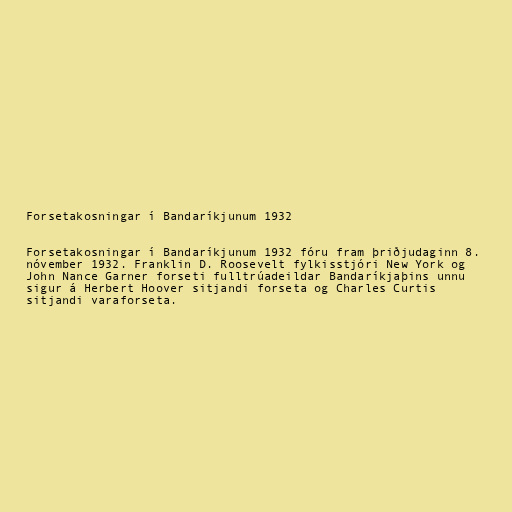
Forsetakosningar í Bandaríkjunum 1932

Forsetakosningar í Bandaríkjunum 1932 fóru fram þriðjudaginn 8.
nóvember 1932. Franklin D. Roosevelt fylkisstjóri New York og
John Nance Garner forseti fulltrúadeildar Bandaríkjaþins unnu
sigur á Herbert Hoover sitjandi forseta og Charles Curtis
sitjandi varaforseta.